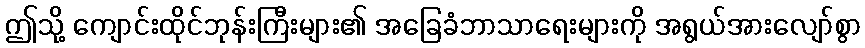
ဤသို့ ကျောင်းထိုင်ဘုန်းကြီးများ၏ အခြေခံဘာသာရေးများကို အရွယ်အားလျော်စွာ